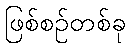
ဖြစ်စဉ်တစ်ခု